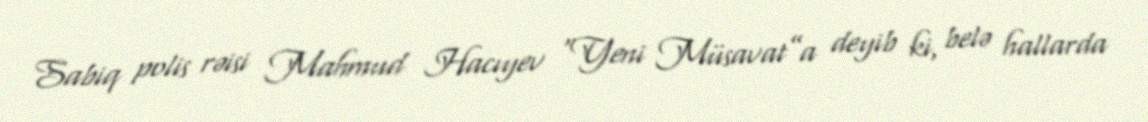
Sabiq polis rəisi Mahmud Hacıyev “Yeni Müsavat”a deyib ki, belə hallarda